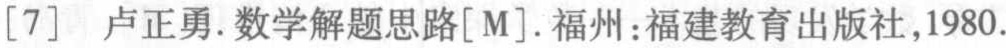
[7] 卢正勇.数学解题思路[M].福州:福建教育出版社,1980.